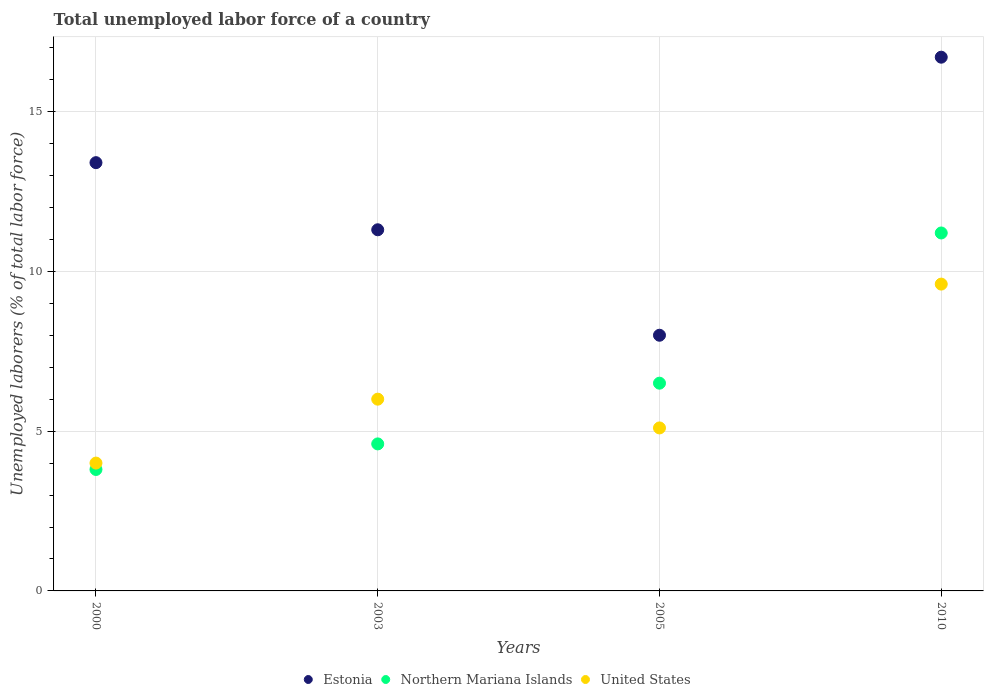
| Years | Estonia | Northern Mariana Islands | United States |
 | --- | --- | --- | --- |
 | 2000 | 13.4 | 3.8 | 4 |
 | 2003 | 11.3 | 4.6 | 6 |
 | 2005 | 8 | 6.5 | 5.1 |
 | 2010 | 16.7 | 11.2 | 9.6 |